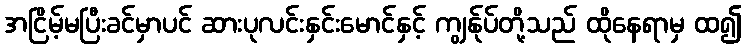
အငြိမ့်မပြီးခင်မှာပင် ဆားပုလင်းနှင်းမောင်နှင့် ကျွန်ုပ်တို့သည် ထိုနေရာမှ ထ၍